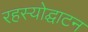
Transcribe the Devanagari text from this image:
रहस्‍योद्घाटन